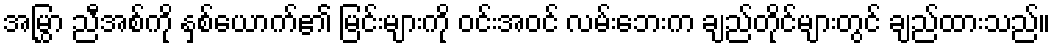
အမြွှာ ညီအစ်ကို နှစ်ယောက်၏ မြင်းများကို ဝင်းအဝင် လမ်းဘေးက ချည်တိုင်များတွင် ချည်ထားသည်။